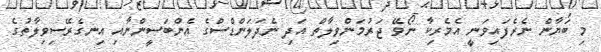
މި ބަޔާން ނެރެފައިވަނީ އެމެރިކާ ނޯވޭ ޖަރުމަންވިލާތް އަދި ނެދަލަންޑްސްގެ އެންބަސީންނާއި އިނގެރޭސިވިލާތުގެ